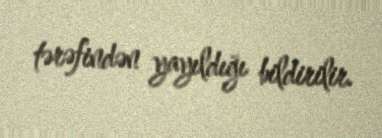
tərəfindən yayıldığı bildirilir.